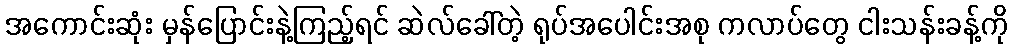
အကောင်းဆုံး မှန်ပြောင်းနဲ့ကြည့်ရင် ဆဲလ်ခေါ်တဲ့ ရုပ်အပေါင်းအစု ကလာပ်တွေ ငါးသန်းခန့်ကို